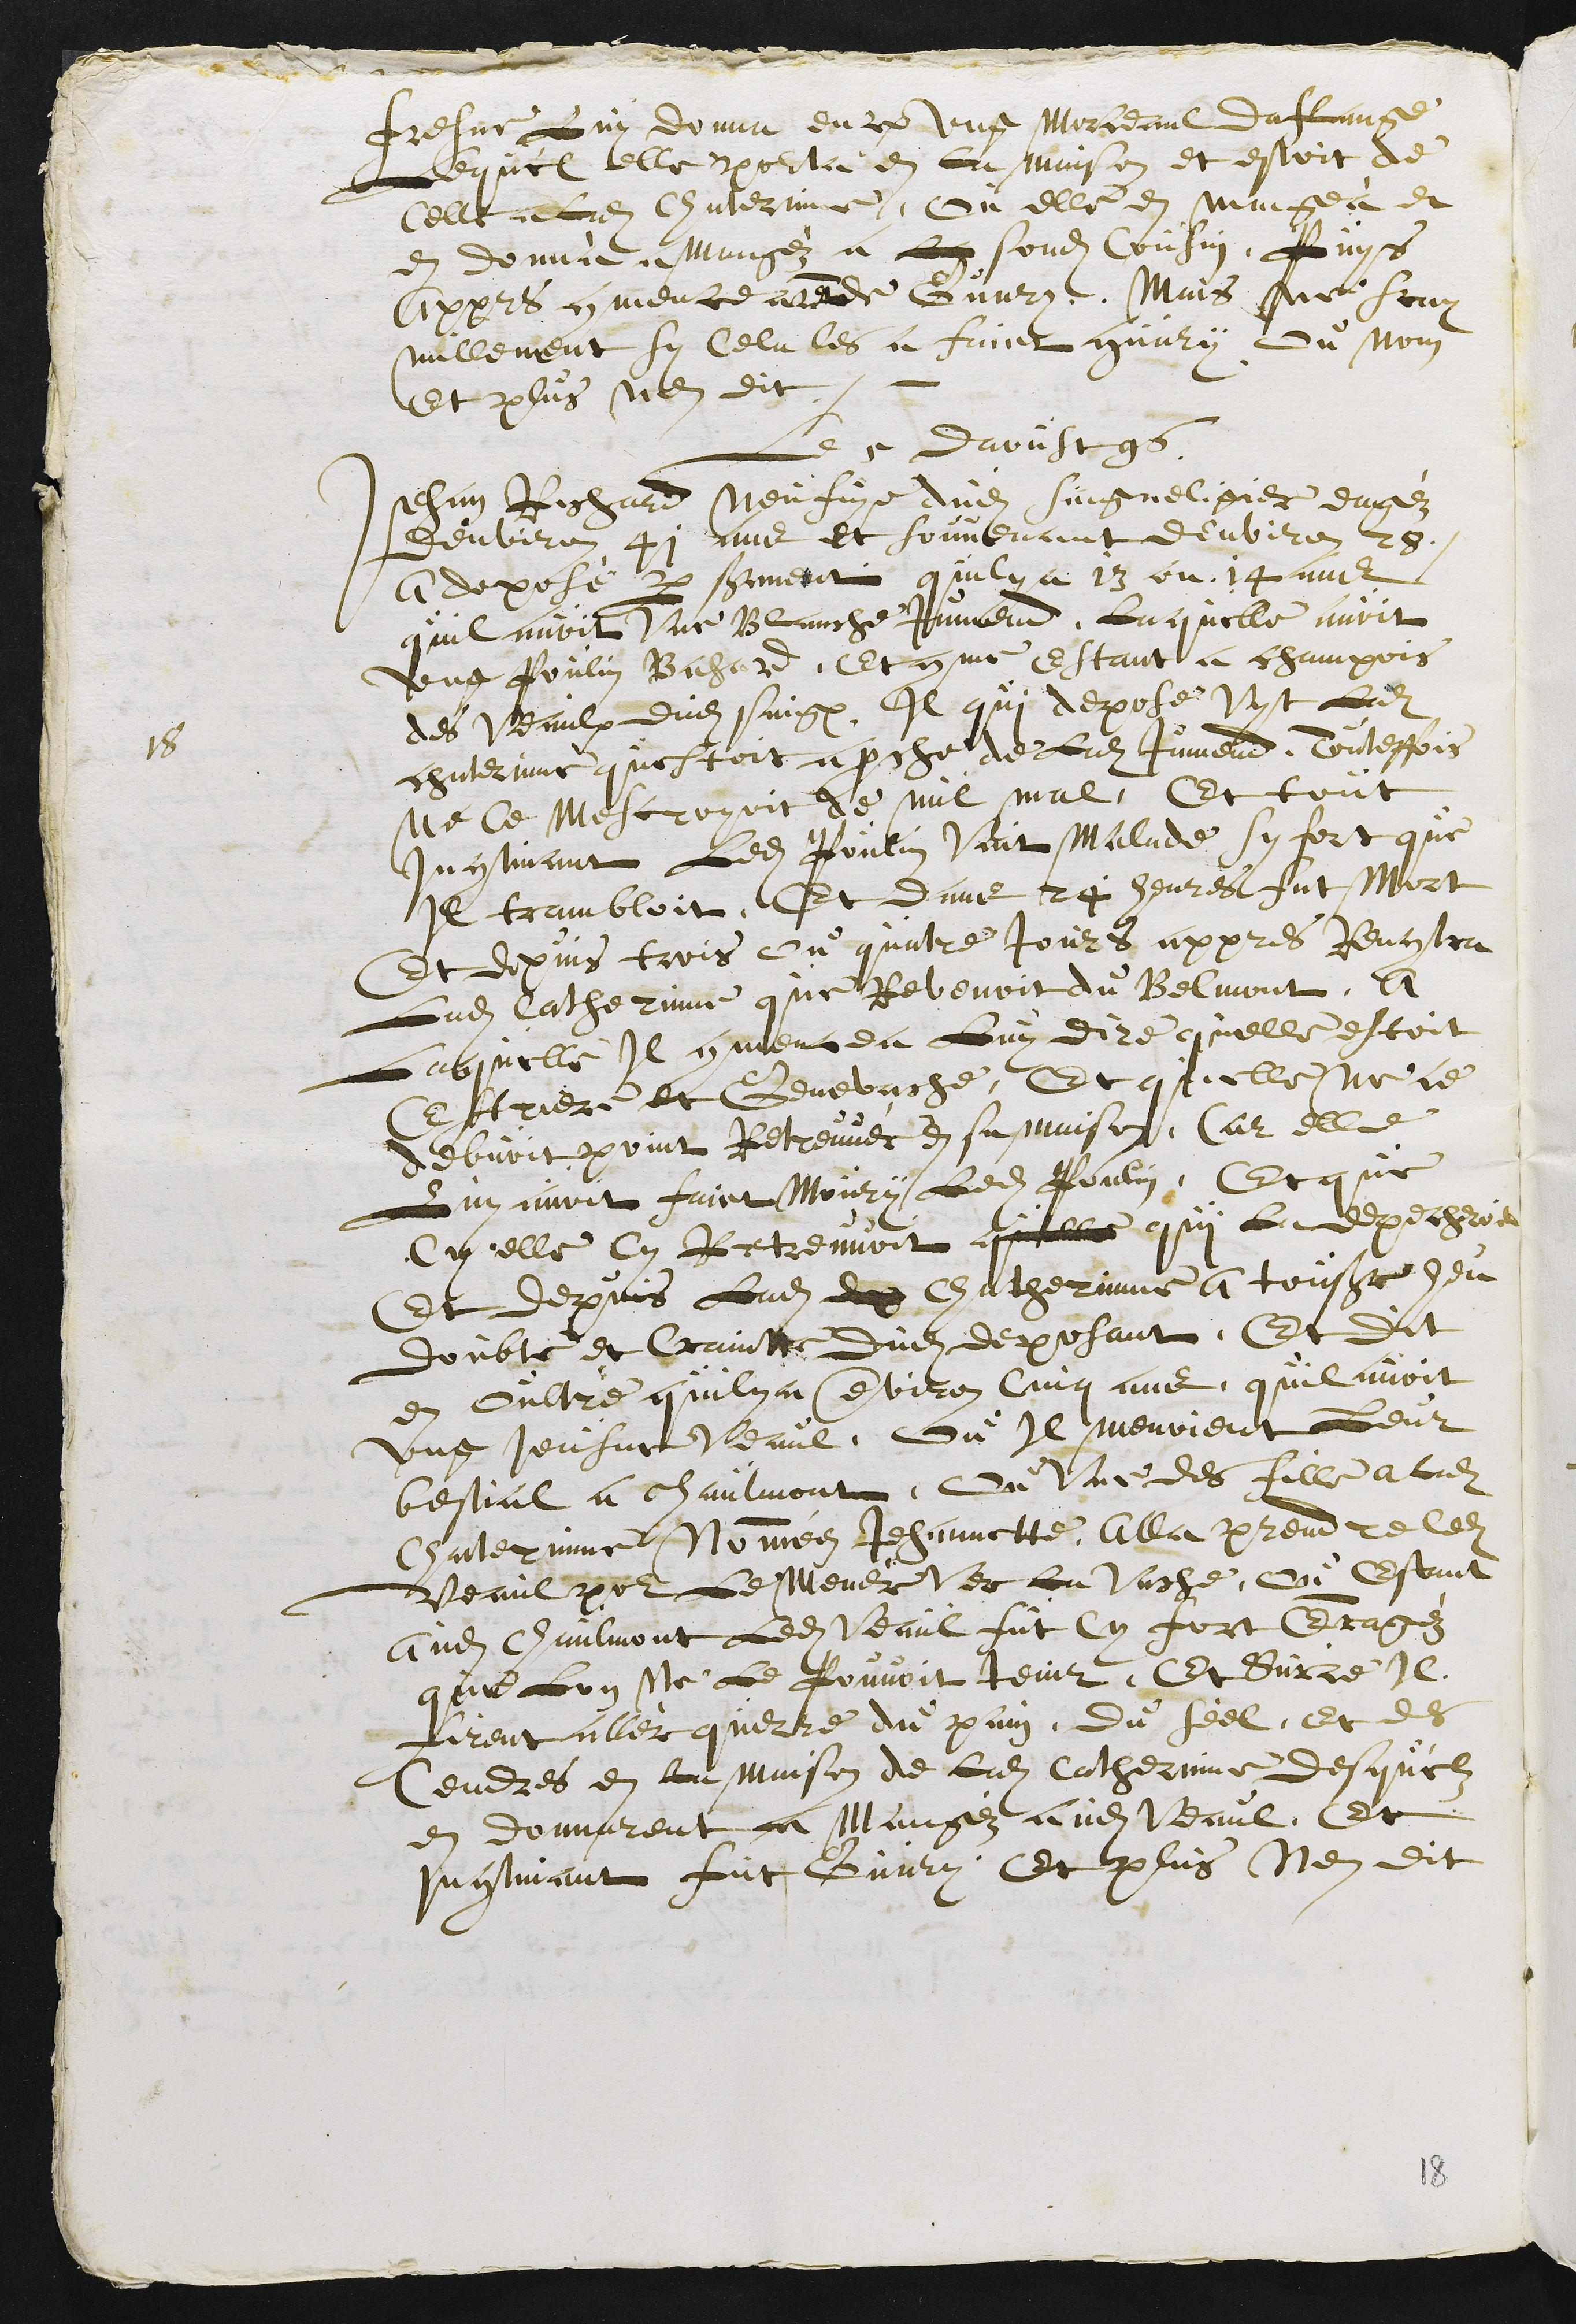
Fresne Luy donna encore ung morceaul daflange
Lequel elle pourta en la maison et estoit de
celle a Ladite Chaterinne, Ou elle en mangea et
en donna a mangéz a l?? sondit Cousin, Puys
Appres commencearent de Guary. Mais ne scay
nullement sy Cela les a faict guary ou non
Et plus nen dit.
18
Le 5 daoust 96
Jehan Richard Neufvye dudit Saigneligier eagéz
denviron 41 ans et souvenant denviron 28.
A deposé par serment quil y a 13 ou 14 ans
quil avoit Une Blanche Jumend, Laquelle avoit
ung Poulin Bahard. Et comme Estant a champois
des Veaulx dudit Saignelégier, Il qui depose Vyt Ladite
chaterinne questoit aproche de Ladite Jumend. Touteffois
ne Ce mescroyoit de nul mal, Et tout
Incontinant ledit Poulin Vint Malade sy fort que
Il trambloit, Et dans 24 heures fut Mort
Et depuis trois ou quatre Jours appres Rencontra
Ladite Catherinne que Revenoit du Belmont, A
Laquelle Il commencea Luy dire quelle estoit
Estriere et Genevache, Et quelle ne ce
debvoit point Retreuver en sa maison, Car elle
Luy avoit faict Moury Ledit Poulin, Et que
Cy elle Cy Retreuvoit quelle qui la depecheroit
Et depuis Ladite de Catherinne a tousjours heu
doubte et Crainte dudit deposant. Et dit
en oultre quil y a environ Cinq ans, quil avoit
ung Jeusne Veaul, ou Il menoient Leur
bestial a Chaulmont, ou Une des fille a ladite
Chaterinne Nomméez Jehannette, Alla prendre ledit
Veaul pour Le Menér Ver la Vache, ou estant
audit Chaulmont Ledit Veaul fut Cy fort Enragéz
que Luy Ne Le Pouvoit tenir. Et Sur ce Il
firent allér querre du pain, du séel, et des
Cendres en la maison de ladite Catherine, desquelz
en donnarent a Mangéz audit Veaul, Et
Incontinant fut Guary. Et plus Nen dit